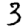
Digit: 3